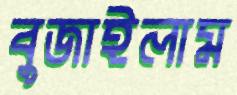
বুজাইলাম